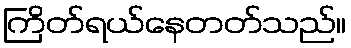
ကြိတ်ရယ်နေတတ်သည်။